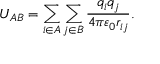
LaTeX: U _ { A B } = \sum _ { i \in A } \sum _ { j \in B } { \frac { q _ { i } q _ { j } } { 4 \pi \varepsilon _ { 0 } r _ { i j } } } .